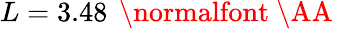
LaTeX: L=3.48\, \mathrm{~\normalfont~\AA~}